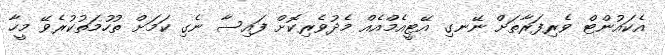
އެކައުންޓް ވެރިފަރާތަށް ނޭނގި އޭޓީއެމްއެއް މެދުވެރިކޮށް ފައިސާ ނެގި ކަމަށް ތުހުމަތުކުރެވޭ މީހާ